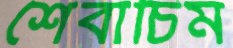
শেবাচিম